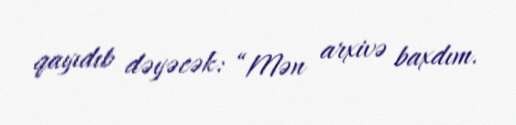
qayıdıb dəyəcək: “Mən arxivə baxdım.